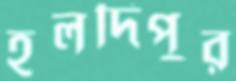
হলদিপুর